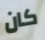
كان